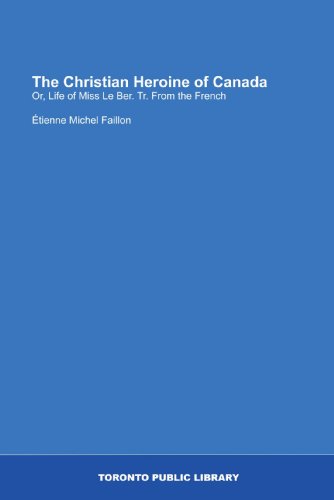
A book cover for The Christian Heroine of Canada: Or, Life of Miss Le Ber. Tr. From the French; ÃEtienne Michel Faillon; History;